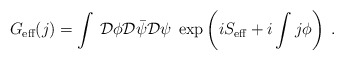
\begin{align*}G_{\mbox{\scriptsize eff}}(j) = \int\,{\cal D}\phi{\cal D}{\bar\psi}{\cal D}\psi \; \exp\left( iS_{\mbox{\scriptsize eff}} +i\int j\phi\right)\;.\end{align*}